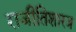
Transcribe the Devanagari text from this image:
राजीतिशारत्र